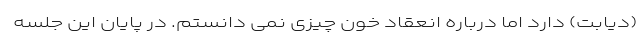
(دیابت) دارد اما درباره انعقاد خون چیزی نمی دانستم. در پایان این جلسه